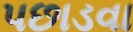
પછાડવા